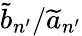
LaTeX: \widetilde{b}_{n^{\prime}}/\widetilde{a}_{n^{\prime}}